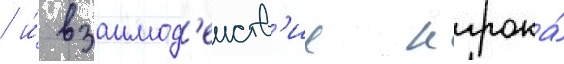
/ и́ взаимод'еиств'ие игрока́